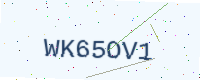
Text: WK65OV1